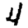
Digit: 4